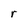
Character: r